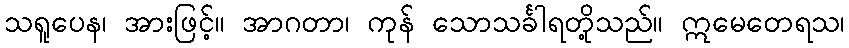
သရူပေန၊ အားဖြင့်။ အာဂတာ၊ ကုန် သောသင်္ခါရတို့သည်။ ဣမေတေရသ၊